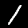
Digit: 1